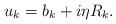
LaTeX: \begin{align*}u_k=b_k+i \eta R_k.\end{align*}